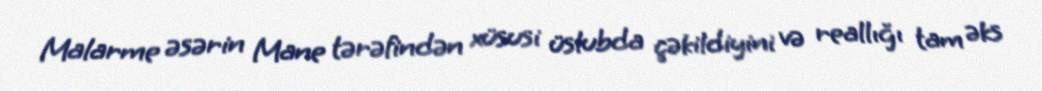
Malarme əsərin Mane tərəfindən xüsusi üslubda çəkildiyini və reallığı tam əks